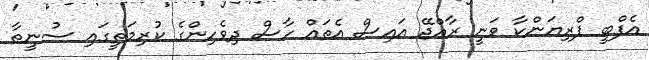
އެފްބީ ޕްރިޔަންކާ ވަނީ ރާއްޖޭ އައިިސް އެތައް ހާސް ދިވެހިންގެ ކުރިމަތީގައި ސުނީތާ